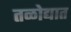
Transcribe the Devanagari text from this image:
तळोद्यात